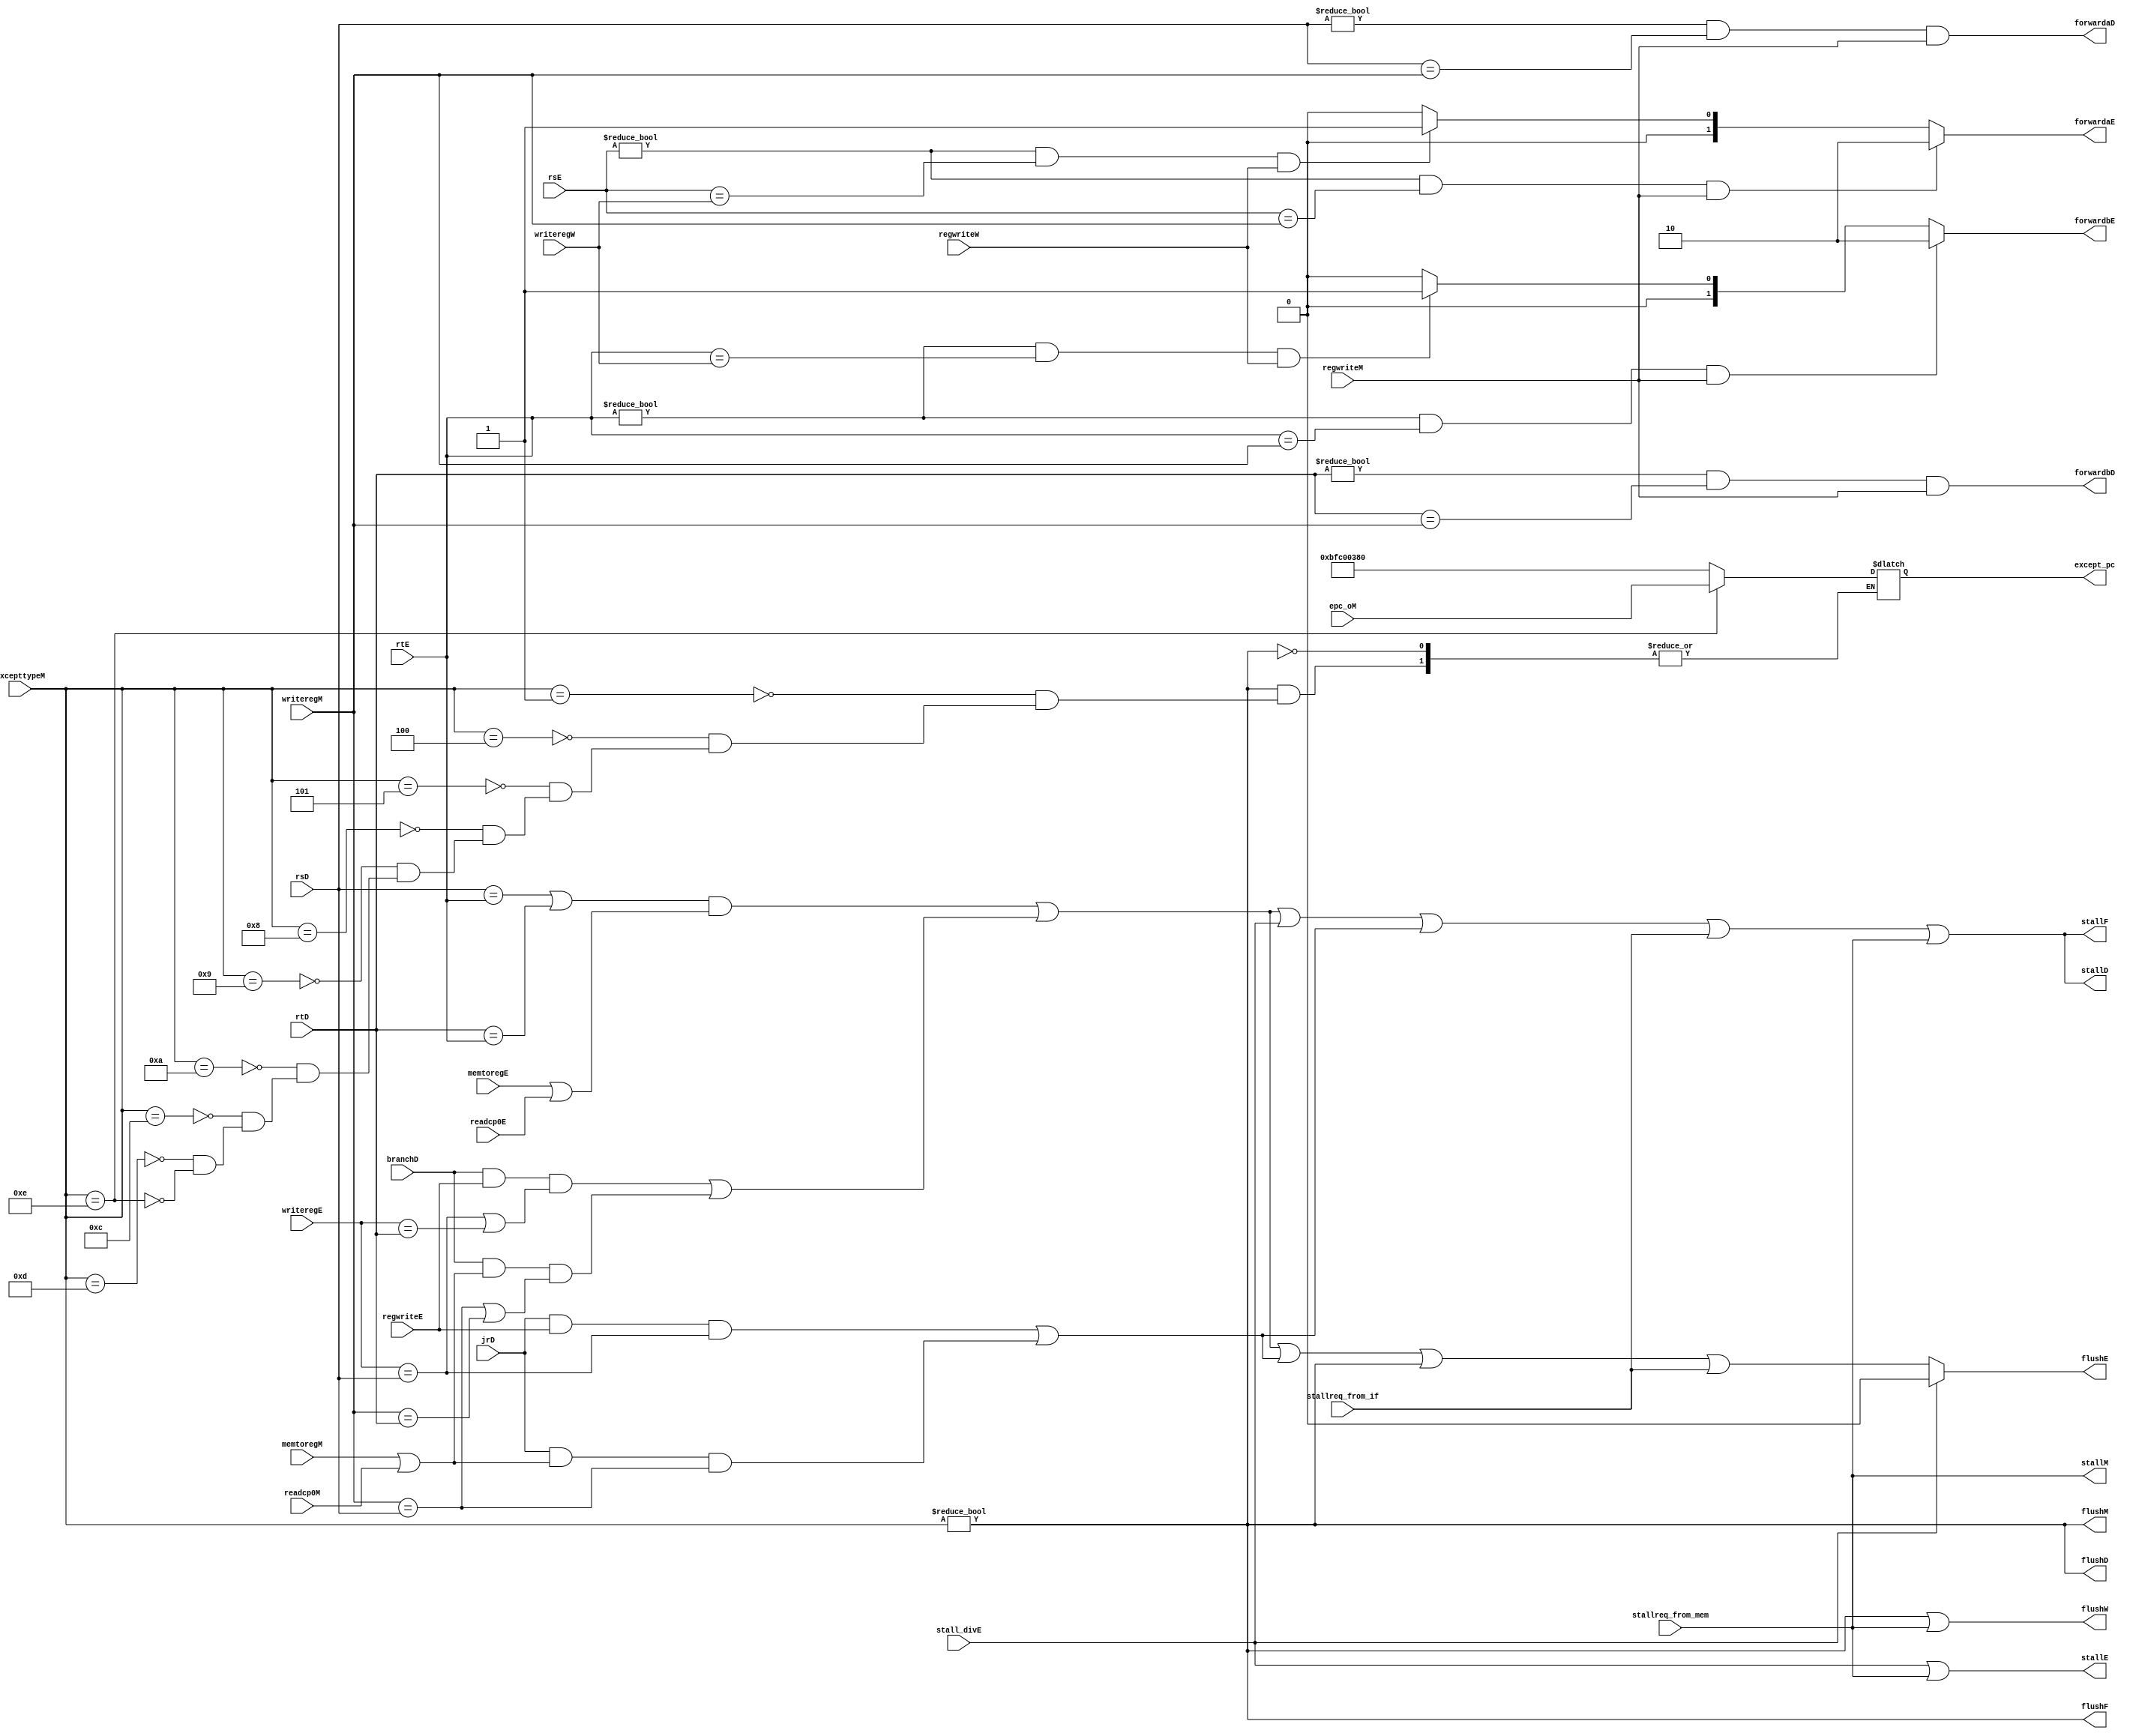
`timescale 1ns / 1ps
//////////////////////////////////////////////////////////////////////////////////
// Company: 
// Engineer: 
// 
// Design Name: 
// Module Name: hazard
// Project Name: 
// Target Devices: 
// Tool Versions: 
// Description: 
// 
// Dependencies: 
// 
// Revision:
// Revision 0.01 - File Created
// Additional Comments:
// 
//////////////////////////////////////////////////////////////////////////////////


module hazard(
	//fetch stage
	output wire stallF,//out
	output wire flushF,
	//decode stage
	input wire[4:0] rsD,rtD,//in
	input wire branchD,//in
	output wire forwardaD,forwardbD,//out
	output wire stallD,//out
	input wire jrD,
	output wire flushD,
	//execute stage
	input wire[4:0] rsE,rtE,//in
	input wire[4:0] writeregE,//in
	input wire regwriteE,//.in
	input wire memtoregE,//in
	input wire stall_divE,
	output wire[1:0] forwardaE,forwardbE,//out
	output wire flushE,//out
	output wire stallE,
	input wire readcp0E,
	//mem stage
	input wire [4:0]writeregM,//in
	input wire regwriteM,//in
	input wire memtoregM,//in
	input wire readcp0M,
	input wire[31:0] excepttypeM,
	output wire flushM,
	output reg[31:0] except_pc,
	input wire[31:0] epc_oM,
	output wire stallM,
	//write back stage
	input wire [4:0] writeregW,//in
	input wire regwriteW,//in
	output wire flushW,
	//memory request stall
	input wire	stallreq_from_if,
	input wire	stallreq_from_mem
    );
wire brachstall,lwstall,jrstall;
wire flush_except;
assign flush_except = (excepttypeM != 0);
assign flushF = flush_except;
assign flushD = flush_except;
assign flushM = flush_except;
assign flushW = flush_except || stallreq_from_mem;

assign forwardaD = (rsD != 0) && (rsD == writeregM) && regwriteM;
assign forwardbD = (rtD != 0) && (rtD == writeregM) && regwriteM;

assign lwstall = ((rsD == rtE) || (rtD == rtE)) && (memtoregE | readcp0E);

assign brachstall = (branchD && regwriteE && (writeregE == rsD || writeregE == rtD))
					|| (branchD && (memtoregM | readcp0M) && (writeregM == rsD || writeregM == rtD));
assign jrstall = (jrD && regwriteE && (writeregE == rsD))
					|| (jrD && (memtoregM | readcp0M) && (writeregM == rsD));
assign stallF = lwstall || brachstall || stall_divE || jrstall || stallreq_from_if || stallreq_from_mem;
assign stallD = lwstall || brachstall || stall_divE || jrstall || stallreq_from_if || stallreq_from_mem;
assign flushE =  stall_divE ? 0 : (lwstall || brachstall || jrstall || flush_except || stallreq_from_if);
assign stallE = stall_divE || stallreq_from_mem;
assign stallM = stallreq_from_mem;
assign forwardaE = ((rsE != 0) && (rsE == writeregM) && regwriteM) ? 2'b10 :
					((rsE != 0) && (rsE == writeregW) && regwriteW) ? 2'b01 :
					2'b00;

assign forwardbE = ((rtE != 0) && (rtE == writeregM) && regwriteM) ? 2'b10 :
					((rtE != 0) && (rtE == writeregW) && regwriteW) ? 2'b01 :
					2'b00;

always @(*)begin
	if(excepttypeM != 0)begin
		case(excepttypeM)
			32'h00000001:begin
				except_pc <= 32'hBFC00380;
			end
			32'h00000004:begin
				except_pc <= 32'hBFC00380;
			end
			32'h00000005:begin
				except_pc <= 32'hBFC00380;
			end
			32'h00000008:begin
				except_pc <= 32'hBFC00380;
			end
			32'h00000009:begin
				except_pc <= 32'hBFC00380;
			end
			32'h0000000a:begin
				except_pc <= 32'hBFC00380;
			end
			32'h0000000c:begin
				except_pc <= 32'hBFC00380;
			end
			32'h0000000d:begin
				except_pc <= 32'hBFC00380;
			end
			32'h0000000e:begin
				except_pc <= epc_oM;
			end
			default:;
		endcase
	end
end
endmodule